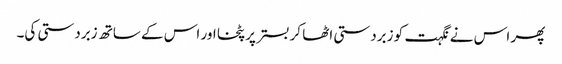
پھر اس نے نگہت کو زبردستی اٹھا کر بستر پر پٹخا اور اس کے ساتھ زبردستی کی۔